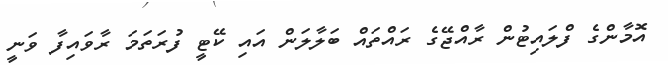
އޮމާންގެ ފްލައިޓުން ރާއްޖޭގެ ރައްތައް ބަލާލަން އައި ކޭޓީ ފުރަތަމަ ރާވައިފާ ވަނީ